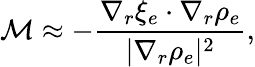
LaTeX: {\cal M}\approx-\frac{\nabla_{r}\xi_{e}\cdot\nabla_{r}\rho_{e}}{|\nabla_{r}\rho_{e}|^{2}},